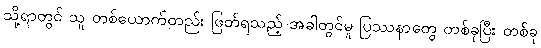
သို့ရာတွင် သူ တစ်ယောက်တည်း ဖြတ်ရသည့် အခါတွင်မူ ပြဿနာတွေ တစ်ခုပြီး တစ်ခု